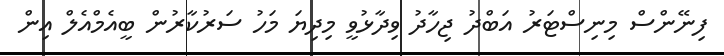
ފިނޭންސް މިނިސްޓަރު އަބްދު ޖިހާދު ވިދާޅުވީ މިދިޔަ މަހު ސަރުކާރުން ބީއެމްއެލް އިން